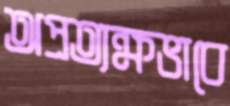
অপ্রত্যক্ষভাবে